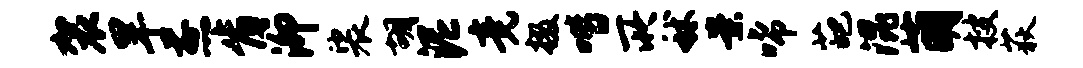
袈旱煎肯泖裟胡泥竟掇喈所秫案唏葩混萌搜荻